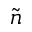
\tilde { n }